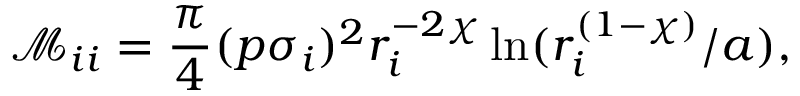
\mathcal M _ { i i } = \frac { \pi } { 4 } ( p \sigma _ { i } ) ^ { 2 } r _ { i } ^ { - 2 \chi } \ln ( r _ { i } ^ { ( 1 - \chi ) } / a ) ,